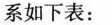
系如下表：